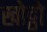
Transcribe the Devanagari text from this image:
खोट्ठो